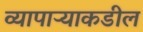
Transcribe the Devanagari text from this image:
व्यापाऱ्याकडील